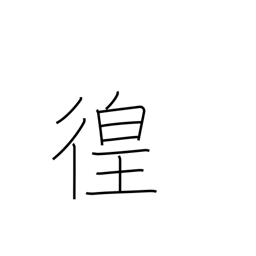
Meaning: wandering